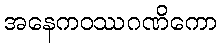
အနေကဝဿဂဏိကော